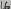
Text: 16